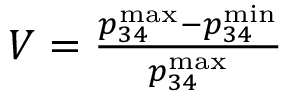
\begin{array} { r } { V = \frac { p _ { 3 4 } ^ { \mathrm { m a x } } - p _ { 3 4 } ^ { \mathrm { m i n } } } { p _ { 3 4 } ^ { \mathrm { m a x } } } } \end{array}